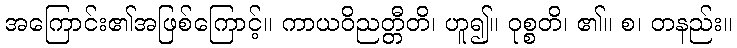
အကြောင်း၏အဖြစ်ကြောင့်။ ကာယဝိညတ္တီတိ၊ ဟူ၍။ ဝုစ္စတိ၊ ၏။ စ၊ တနည်း။